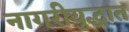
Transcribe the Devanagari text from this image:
नागरीयुद्धात